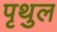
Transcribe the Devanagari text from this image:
पृथुल